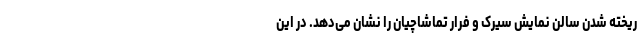
ریخته شدن سالن نمایش سیرک و فرار تماشاچیان را نشان می‌دهد. در این